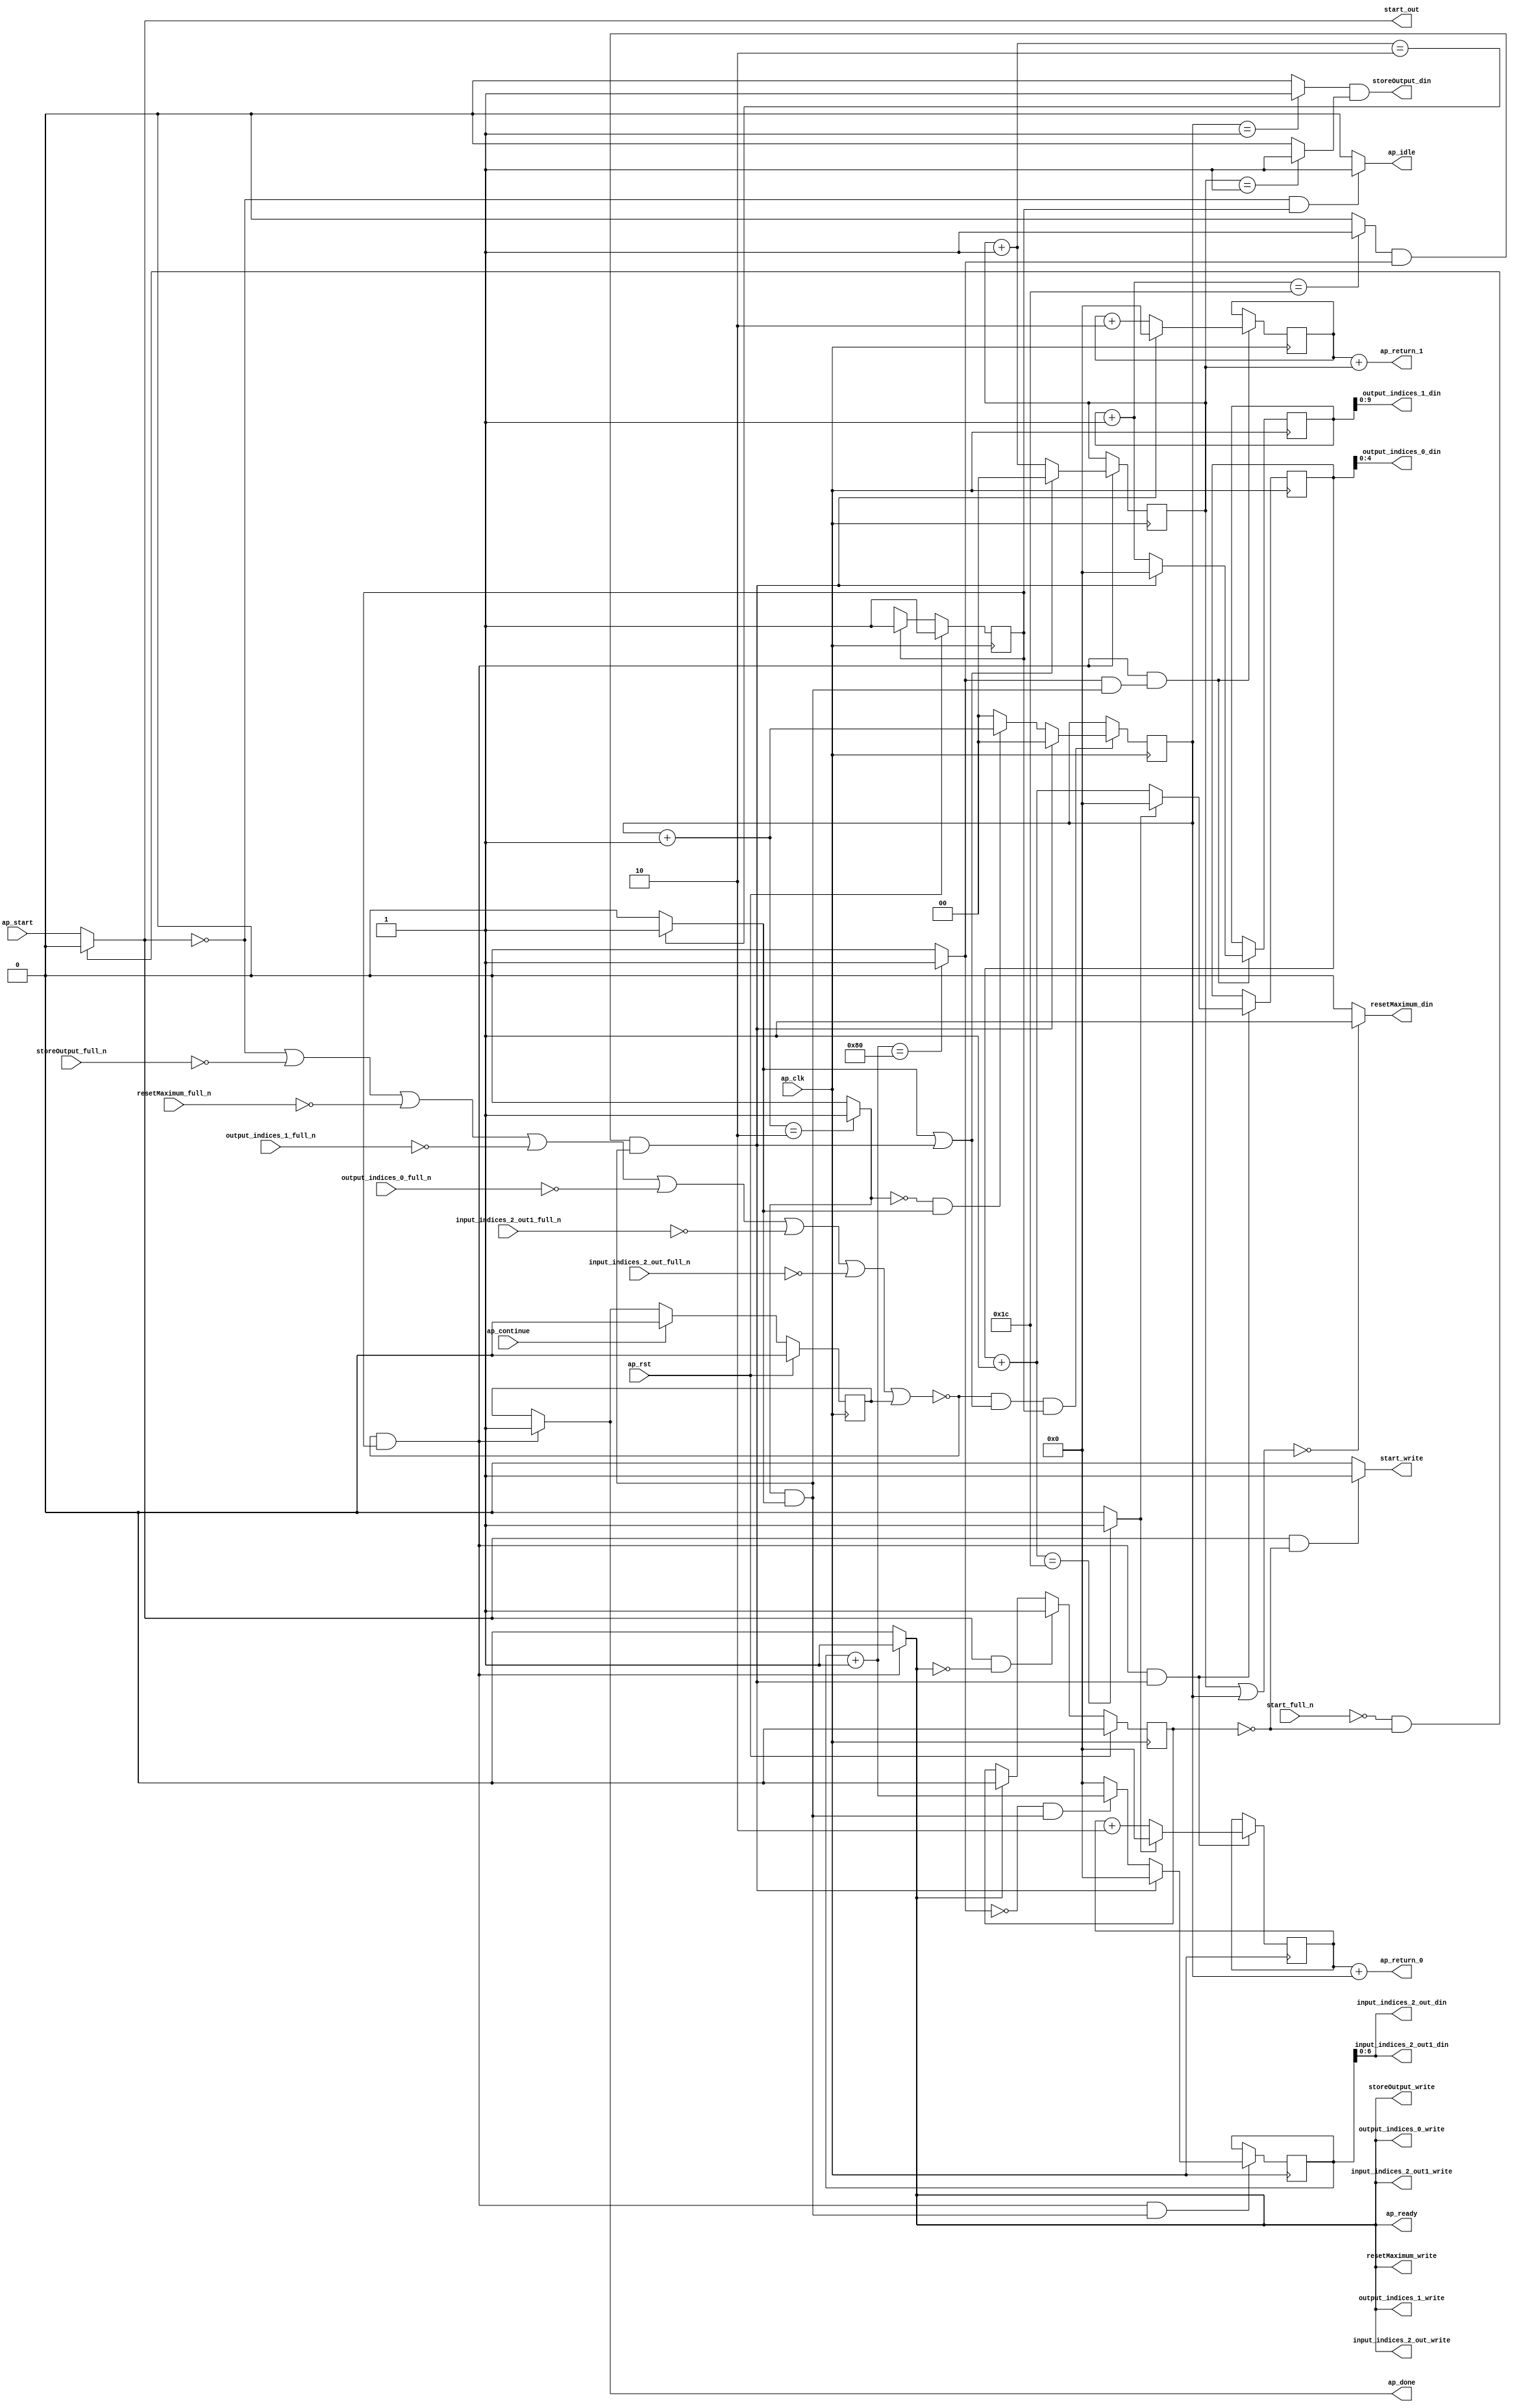
`define EXPONENT 5
`define MANTISSA 10
`define ACTUAL_MANTISSA 11
`define EXPONENT_LSB 10
`define EXPONENT_MSB 14
`define MANTISSA_LSB 0
`define MANTISSA_MSB 9
`define MANTISSA_MUL_SPLIT_LSB 3
`define MANTISSA_MUL_SPLIT_MSB 9
`define SIGN 1
`define SIGN_LOC 15
`define DWIDTH (`SIGN+`EXPONENT+`MANTISSA)
`define IEEE_COMPLIANCE 1

module td_fused_top_tdf5_get_next_ijk (
        ap_clk,
        ap_rst,
        ap_start,
        start_full_n,
        ap_done,
        ap_continue,
        ap_idle,
        ap_ready,
        start_out,
        start_write,
        input_indices_2_out_din,
        input_indices_2_out_full_n,
        input_indices_2_out_write,
        input_indices_2_out1_din,
        input_indices_2_out1_full_n,
        input_indices_2_out1_write,
        output_indices_0_din,
        output_indices_0_full_n,
        output_indices_0_write,
        output_indices_1_din,
        output_indices_1_full_n,
        output_indices_1_write,
        resetMaximum_din,
        resetMaximum_full_n,
        resetMaximum_write,
        storeOutput_din,
        storeOutput_full_n,
        storeOutput_write,
        ap_return_0,
        ap_return_1
);

parameter    ap_ST_fsm_state1 = 1'd1;

input   ap_clk;
input   ap_rst;
input   ap_start;
input   start_full_n;
output   ap_done;
input   ap_continue;
output   ap_idle;
output   ap_ready;
output   start_out;
output   start_write;
output  [6:0] input_indices_2_out_din;
input   input_indices_2_out_full_n;
output   input_indices_2_out_write;
output  [6:0] input_indices_2_out1_din;
input   input_indices_2_out1_full_n;
output   input_indices_2_out1_write;
output  [4:0] output_indices_0_din;
input   output_indices_0_full_n;
output   output_indices_0_write;
output  [9:0] output_indices_1_din;
input   output_indices_1_full_n;
output   output_indices_1_write;
output   resetMaximum_din;
input   resetMaximum_full_n;
output   resetMaximum_write;
output   storeOutput_din;
input   storeOutput_full_n;
output   storeOutput_write;
output  [15:0] ap_return_0;
output  [15:0] ap_return_1;

reg ap_done;
reg ap_idle;
reg start_write;
reg input_indices_2_out_write;
reg input_indices_2_out1_write;
reg output_indices_0_write;
reg output_indices_1_write;
reg resetMaximum_write;
reg storeOutput_write;

reg    real_start;
reg    start_once_reg;
reg    ap_done_reg;
  reg   [0:0] ap_CS_fsm;
wire    ap_CS_fsm_state1;
reg    internal_ap_ready;
reg   [1:0] i_p_1;
reg   [1:0] j_p_1;
reg   [15:0] i_3;
reg   [15:0] j_3;
reg   [15:0] k_3;
reg   [15:0] i_out_1;
reg   [15:0] j_out_1;
reg    input_indices_2_out_blk_n;
reg    input_indices_2_out1_blk_n;
reg    output_indices_0_blk_n;
reg    output_indices_1_blk_n;
reg    resetMaximum_blk_n;
reg    storeOutput_blk_n;
wire   [1:0] select_ln142_fu_338_p3;
reg    ap_block_state1;
wire   [0:0] or_ln142_fu_312_p2;
wire   [1:0] select_ln142_5_fu_346_p3;
wire   [15:0] select_ln147_fu_278_p3;
wire   [0:0] and_ln142_2_fu_306_p2;
wire   [15:0] select_ln142_6_fu_360_p3;
wire   [0:0] and_ln132_fu_354_p2;
wire   [15:0] select_ln142_7_fu_388_p3;
wire   [0:0] and_ln135_fu_294_p2;
wire   [15:0] select_ln147_2_fu_286_p3;
wire   [15:0] select_ln142_8_fu_396_p3;
wire   [6:0] trunc_ln128_fu_182_p1;
wire   [1:0] or_ln124_fu_126_p2;
wire   [0:0] icmp_ln125_fu_139_p2;
wire   [0:0] icmp_ln125_2_fu_145_p2;
wire   [15:0] zext_ln126_fu_114_p1;
wire   [15:0] zext_ln127_fu_122_p1;
wire   [1:0] add_ln131_fu_206_p2;
wire   [1:0] add_ln134_fu_218_p2;
wire   [15:0] add_ln137_fu_230_p2;
wire   [15:0] add_ln141_fu_248_p2;
wire   [15:0] add_ln146_fu_266_p2;
wire   [0:0] icmp_ln147_fu_272_p2;
wire   [15:0] add_ln145_fu_260_p2;
wire   [0:0] icmp_ln132_fu_212_p2;
wire   [0:0] icmp_ln135_fu_224_p2;
wire   [0:0] icmp_ln138_fu_236_p2;
wire   [0:0] icmp_ln142_fu_254_p2;
wire   [0:0] and_ln142_fu_300_p2;
wire   [0:0] xor_ln135_fu_318_p2;
wire   [0:0] and_ln135_2_fu_324_p2;
wire   [1:0] select_ln135_fu_330_p3;
wire   [15:0] add_ln140_fu_242_p2;
wire   [0:0] xor_ln138_fu_368_p2;
wire   [0:0] and_ln138_fu_374_p2;
wire   [15:0] select_ln138_fu_380_p3;
wire   [15:0] add_ln126_fu_162_p2;
wire   [15:0] add_ln127_fu_172_p2;
reg   [0:0] ap_NS_fsm;
wire    ap_ce_reg;

// power-on initialization
initial begin
#0 start_once_reg = 1'b0;
#0 ap_done_reg = 1'b0;
#0 ap_CS_fsm = 1'd1;
#0 i_p_1 = 2'd0;
#0 j_p_1 = 2'd0;
#0 i_3 = 16'd0;
#0 j_3 = 16'd0;
#0 k_3 = 16'd0;
#0 i_out_1 = 16'd0;
#0 j_out_1 = 16'd0;
end

always @ (posedge ap_clk) begin
    if (ap_rst == 1'b1) begin
        ap_CS_fsm <= ap_ST_fsm_state1;
    end else begin
        ap_CS_fsm <= ap_NS_fsm;
    end
end

always @ (posedge ap_clk) begin
    if (ap_rst == 1'b1) begin
        ap_done_reg <= 1'b0;
    end else begin
        if ((ap_continue == 1'b1)) begin
            ap_done_reg <= 1'b0;
        end else if ((~((real_start == 1'b0) | (storeOutput_full_n == 1'b0) | (resetMaximum_full_n == 1'b0) | (output_indices_1_full_n == 1'b0) | (output_indices_0_full_n == 1'b0) | (input_indices_2_out1_full_n == 1'b0) | (input_indices_2_out_full_n == 1'b0) | (ap_done_reg == 1'b1)) & (1'b1 == ap_CS_fsm_state1))) begin
            ap_done_reg <= 1'b1;
        end
    end
end

always @ (posedge ap_clk) begin
    if (ap_rst == 1'b1) begin
        start_once_reg <= 1'b0;
    end else begin
        if (((real_start == 1'b1) & (internal_ap_ready == 1'b0))) begin
            start_once_reg <= 1'b1;
        end else if ((internal_ap_ready == 1'b1)) begin
            start_once_reg <= 1'b0;
        end
    end
end

always @ (posedge ap_clk) begin
    if ((~((real_start == 1'b0) | (storeOutput_full_n == 1'b0) | (resetMaximum_full_n == 1'b0) | (output_indices_1_full_n == 1'b0) | (output_indices_0_full_n == 1'b0) | (input_indices_2_out1_full_n == 1'b0) | (input_indices_2_out_full_n == 1'b0) | (ap_done_reg == 1'b1)) & (1'b1 == ap_CS_fsm_state1) & (1'd1 == and_ln142_2_fu_306_p2))) begin
        i_3 <= select_ln147_fu_278_p3;
        i_out_1 <= select_ln147_2_fu_286_p3;
    end
end

always @ (posedge ap_clk) begin
    if ((~((real_start == 1'b0) | (storeOutput_full_n == 1'b0) | (resetMaximum_full_n == 1'b0) | (output_indices_1_full_n == 1'b0) | (output_indices_0_full_n == 1'b0) | (input_indices_2_out1_full_n == 1'b0) | (input_indices_2_out_full_n == 1'b0) | (ap_done_reg == 1'b1)) & (or_ln142_fu_312_p2 == 1'd1) & (1'b1 == ap_CS_fsm_state1))) begin
        i_p_1 <= select_ln142_fu_338_p3;
    end
end

always @ (posedge ap_clk) begin
    if ((~((real_start == 1'b0) | (storeOutput_full_n == 1'b0) | (resetMaximum_full_n == 1'b0) | (output_indices_1_full_n == 1'b0) | (output_indices_0_full_n == 1'b0) | (input_indices_2_out1_full_n == 1'b0) | (input_indices_2_out_full_n == 1'b0) | (ap_done_reg == 1'b1)) & (1'b1 == ap_CS_fsm_state1) & (1'd1 == and_ln132_fu_354_p2))) begin
        j_3 <= select_ln142_6_fu_360_p3;
        j_out_1 <= select_ln142_8_fu_396_p3;
    end
end

always @ (posedge ap_clk) begin
    if ((~((real_start == 1'b0) | (storeOutput_full_n == 1'b0) | (resetMaximum_full_n == 1'b0) | (output_indices_1_full_n == 1'b0) | (output_indices_0_full_n == 1'b0) | (input_indices_2_out1_full_n == 1'b0) | (input_indices_2_out_full_n == 1'b0) | (ap_done_reg == 1'b1)) & (1'b1 == ap_CS_fsm_state1))) begin
        j_p_1 <= select_ln142_5_fu_346_p3;
    end
end

always @ (posedge ap_clk) begin
    if ((~((real_start == 1'b0) | (storeOutput_full_n == 1'b0) | (resetMaximum_full_n == 1'b0) | (output_indices_1_full_n == 1'b0) | (output_indices_0_full_n == 1'b0) | (input_indices_2_out1_full_n == 1'b0) | (input_indices_2_out_full_n == 1'b0) | (ap_done_reg == 1'b1)) & (1'b1 == ap_CS_fsm_state1) & (1'd1 == and_ln135_fu_294_p2))) begin
        k_3 <= select_ln142_7_fu_388_p3;
    end
end

always @ (*) begin
    if ((~((real_start == 1'b0) | (storeOutput_full_n == 1'b0) | (resetMaximum_full_n == 1'b0) | (output_indices_1_full_n == 1'b0) | (output_indices_0_full_n == 1'b0) | (input_indices_2_out1_full_n == 1'b0) | (input_indices_2_out_full_n == 1'b0) | (ap_done_reg == 1'b1)) & (1'b1 == ap_CS_fsm_state1))) begin
        ap_done = 1'b1;
    end else begin
        ap_done = ap_done_reg;
    end
end

always @ (*) begin
    if (((real_start == 1'b0) & (1'b1 == ap_CS_fsm_state1))) begin
        ap_idle = 1'b1;
    end else begin
        ap_idle = 1'b0;
    end
end

always @ (*) begin
    if ((~((real_start == 1'b0) | (ap_done_reg == 1'b1)) & (1'b1 == ap_CS_fsm_state1))) begin
        input_indices_2_out1_blk_n = input_indices_2_out1_full_n;
    end else begin
        input_indices_2_out1_blk_n = 1'b1;
    end
end

always @ (*) begin
    if ((~((real_start == 1'b0) | (storeOutput_full_n == 1'b0) | (resetMaximum_full_n == 1'b0) | (output_indices_1_full_n == 1'b0) | (output_indices_0_full_n == 1'b0) | (input_indices_2_out1_full_n == 1'b0) | (input_indices_2_out_full_n == 1'b0) | (ap_done_reg == 1'b1)) & (1'b1 == ap_CS_fsm_state1))) begin
        input_indices_2_out1_write = 1'b1;
    end else begin
        input_indices_2_out1_write = 1'b0;
    end
end

always @ (*) begin
    if ((~((real_start == 1'b0) | (ap_done_reg == 1'b1)) & (1'b1 == ap_CS_fsm_state1))) begin
        input_indices_2_out_blk_n = input_indices_2_out_full_n;
    end else begin
        input_indices_2_out_blk_n = 1'b1;
    end
end

always @ (*) begin
    if ((~((real_start == 1'b0) | (storeOutput_full_n == 1'b0) | (resetMaximum_full_n == 1'b0) | (output_indices_1_full_n == 1'b0) | (output_indices_0_full_n == 1'b0) | (input_indices_2_out1_full_n == 1'b0) | (input_indices_2_out_full_n == 1'b0) | (ap_done_reg == 1'b1)) & (1'b1 == ap_CS_fsm_state1))) begin
        input_indices_2_out_write = 1'b1;
    end else begin
        input_indices_2_out_write = 1'b0;
    end
end

always @ (*) begin
    if ((~((real_start == 1'b0) | (storeOutput_full_n == 1'b0) | (resetMaximum_full_n == 1'b0) | (output_indices_1_full_n == 1'b0) | (output_indices_0_full_n == 1'b0) | (input_indices_2_out1_full_n == 1'b0) | (input_indices_2_out_full_n == 1'b0) | (ap_done_reg == 1'b1)) & (1'b1 == ap_CS_fsm_state1))) begin
        internal_ap_ready = 1'b1;
    end else begin
        internal_ap_ready = 1'b0;
    end
end

always @ (*) begin
    if ((~((real_start == 1'b0) | (ap_done_reg == 1'b1)) & (1'b1 == ap_CS_fsm_state1))) begin
        output_indices_0_blk_n = output_indices_0_full_n;
    end else begin
        output_indices_0_blk_n = 1'b1;
    end
end

always @ (*) begin
    if ((~((real_start == 1'b0) | (storeOutput_full_n == 1'b0) | (resetMaximum_full_n == 1'b0) | (output_indices_1_full_n == 1'b0) | (output_indices_0_full_n == 1'b0) | (input_indices_2_out1_full_n == 1'b0) | (input_indices_2_out_full_n == 1'b0) | (ap_done_reg == 1'b1)) & (1'b1 == ap_CS_fsm_state1))) begin
        output_indices_0_write = 1'b1;
    end else begin
        output_indices_0_write = 1'b0;
    end
end

always @ (*) begin
    if ((~((real_start == 1'b0) | (ap_done_reg == 1'b1)) & (1'b1 == ap_CS_fsm_state1))) begin
        output_indices_1_blk_n = output_indices_1_full_n;
    end else begin
        output_indices_1_blk_n = 1'b1;
    end
end

always @ (*) begin
    if ((~((real_start == 1'b0) | (storeOutput_full_n == 1'b0) | (resetMaximum_full_n == 1'b0) | (output_indices_1_full_n == 1'b0) | (output_indices_0_full_n == 1'b0) | (input_indices_2_out1_full_n == 1'b0) | (input_indices_2_out_full_n == 1'b0) | (ap_done_reg == 1'b1)) & (1'b1 == ap_CS_fsm_state1))) begin
        output_indices_1_write = 1'b1;
    end else begin
        output_indices_1_write = 1'b0;
    end
end

always @ (*) begin
    if (((start_full_n == 1'b0) & (start_once_reg == 1'b0))) begin
        real_start = 1'b0;
    end else begin
        real_start = ap_start;
    end
end

always @ (*) begin
    if ((~((real_start == 1'b0) | (ap_done_reg == 1'b1)) & (1'b1 == ap_CS_fsm_state1))) begin
        resetMaximum_blk_n = resetMaximum_full_n;
    end else begin
        resetMaximum_blk_n = 1'b1;
    end
end

always @ (*) begin
    if ((~((real_start == 1'b0) | (storeOutput_full_n == 1'b0) | (resetMaximum_full_n == 1'b0) | (output_indices_1_full_n == 1'b0) | (output_indices_0_full_n == 1'b0) | (input_indices_2_out1_full_n == 1'b0) | (input_indices_2_out_full_n == 1'b0) | (ap_done_reg == 1'b1)) & (1'b1 == ap_CS_fsm_state1))) begin
        resetMaximum_write = 1'b1;
    end else begin
        resetMaximum_write = 1'b0;
    end
end

always @ (*) begin
    if (((real_start == 1'b1) & (start_once_reg == 1'b0))) begin
        start_write = 1'b1;
    end else begin
        start_write = 1'b0;
    end
end

always @ (*) begin
    if ((~((real_start == 1'b0) | (ap_done_reg == 1'b1)) & (1'b1 == ap_CS_fsm_state1))) begin
        storeOutput_blk_n = storeOutput_full_n;
    end else begin
        storeOutput_blk_n = 1'b1;
    end
end

always @ (*) begin
    if ((~((real_start == 1'b0) | (storeOutput_full_n == 1'b0) | (resetMaximum_full_n == 1'b0) | (output_indices_1_full_n == 1'b0) | (output_indices_0_full_n == 1'b0) | (input_indices_2_out1_full_n == 1'b0) | (input_indices_2_out_full_n == 1'b0) | (ap_done_reg == 1'b1)) & (1'b1 == ap_CS_fsm_state1))) begin
        storeOutput_write = 1'b1;
    end else begin
        storeOutput_write = 1'b0;
    end
end

always @ (*) begin
    case (ap_CS_fsm)
        ap_ST_fsm_state1 : begin
            ap_NS_fsm = ap_ST_fsm_state1;
        end
        default : begin
            ap_NS_fsm = 'bx;
        end
    endcase
end

assign add_ln126_fu_162_p2 = (i_3 + zext_ln126_fu_114_p1);

assign add_ln127_fu_172_p2 = (j_3 + zext_ln127_fu_122_p1);

assign add_ln131_fu_206_p2 = (j_p_1 + 2'd1);

assign add_ln134_fu_218_p2 = (i_p_1 + 2'd1);

assign add_ln137_fu_230_p2 = (k_3 + 16'd1);

assign add_ln140_fu_242_p2 = (j_3 + 16'd2);

assign add_ln141_fu_248_p2 = (j_out_1 + 16'd1);

assign add_ln145_fu_260_p2 = (i_3 + 16'd2);

assign add_ln146_fu_266_p2 = (i_out_1 + 16'd1);

assign and_ln132_fu_354_p2 = (icmp_ln138_fu_236_p2 & and_ln135_fu_294_p2);

assign and_ln135_2_fu_324_p2 = (xor_ln135_fu_318_p2 & icmp_ln132_fu_212_p2);

assign and_ln135_fu_294_p2 = (icmp_ln135_fu_224_p2 & icmp_ln132_fu_212_p2);

assign and_ln138_fu_374_p2 = (xor_ln138_fu_368_p2 & and_ln135_fu_294_p2);

assign and_ln142_2_fu_306_p2 = (and_ln142_fu_300_p2 & and_ln135_fu_294_p2);

assign and_ln142_fu_300_p2 = (icmp_ln142_fu_254_p2 & icmp_ln138_fu_236_p2);

assign ap_CS_fsm_state1 = ap_CS_fsm[32'd0];

always @ (*) begin
    ap_block_state1 = ((real_start == 1'b0) | (storeOutput_full_n == 1'b0) | (resetMaximum_full_n == 1'b0) | (output_indices_1_full_n == 1'b0) | (output_indices_0_full_n == 1'b0) | (input_indices_2_out1_full_n == 1'b0) | (input_indices_2_out_full_n == 1'b0) | (ap_done_reg == 1'b1));
end

assign ap_ready = internal_ap_ready;

assign ap_return_0 = add_ln126_fu_162_p2;

assign ap_return_1 = add_ln127_fu_172_p2;

assign icmp_ln125_2_fu_145_p2 = ((j_p_1 == 2'd1) ? 1'b1 : 1'b0);

assign icmp_ln125_fu_139_p2 = ((i_p_1 == 2'd1) ? 1'b1 : 1'b0);

assign icmp_ln132_fu_212_p2 = ((add_ln131_fu_206_p2 == 2'd2) ? 1'b1 : 1'b0);

assign icmp_ln135_fu_224_p2 = ((add_ln134_fu_218_p2 == 2'd2) ? 1'b1 : 1'b0);

assign icmp_ln138_fu_236_p2 = ((add_ln137_fu_230_p2 == 16'd128) ? 1'b1 : 1'b0);

assign icmp_ln142_fu_254_p2 = ((add_ln141_fu_248_p2 == 16'd28) ? 1'b1 : 1'b0);

assign icmp_ln147_fu_272_p2 = ((add_ln146_fu_266_p2 == 16'd28) ? 1'b1 : 1'b0);

assign input_indices_2_out1_din = trunc_ln128_fu_182_p1;

assign input_indices_2_out_din = trunc_ln128_fu_182_p1;

assign or_ln124_fu_126_p2 = (j_p_1 | i_p_1);

assign or_ln142_fu_312_p2 = (icmp_ln132_fu_212_p2 | and_ln142_2_fu_306_p2);

assign output_indices_0_din = i_out_1[4:0];

assign output_indices_1_din = j_out_1[9:0];

assign resetMaximum_din = ((or_ln124_fu_126_p2 == 2'd0) ? 1'b1 : 1'b0);

assign select_ln135_fu_330_p3 = ((and_ln135_2_fu_324_p2[0:0] == 1'b1) ? add_ln134_fu_218_p2 : 2'd0);

assign select_ln138_fu_380_p3 = ((and_ln138_fu_374_p2[0:0] == 1'b1) ? add_ln137_fu_230_p2 : 16'd0);

assign select_ln142_5_fu_346_p3 = ((or_ln142_fu_312_p2[0:0] == 1'b1) ? 2'd0 : add_ln131_fu_206_p2);

assign select_ln142_6_fu_360_p3 = ((and_ln142_2_fu_306_p2[0:0] == 1'b1) ? 16'd0 : add_ln140_fu_242_p2);

assign select_ln142_7_fu_388_p3 = ((and_ln142_2_fu_306_p2[0:0] == 1'b1) ? 16'd0 : select_ln138_fu_380_p3);

assign select_ln142_8_fu_396_p3 = ((and_ln142_2_fu_306_p2[0:0] == 1'b1) ? 16'd0 : add_ln141_fu_248_p2);

assign select_ln142_fu_338_p3 = ((and_ln142_2_fu_306_p2[0:0] == 1'b1) ? 2'd0 : select_ln135_fu_330_p3);

assign select_ln147_2_fu_286_p3 = ((icmp_ln147_fu_272_p2[0:0] == 1'b1) ? 16'd0 : add_ln146_fu_266_p2);

assign select_ln147_fu_278_p3 = ((icmp_ln147_fu_272_p2[0:0] == 1'b1) ? 16'd0 : add_ln145_fu_260_p2);

assign start_out = real_start;

assign storeOutput_din = (icmp_ln125_fu_139_p2 & icmp_ln125_2_fu_145_p2);

assign trunc_ln128_fu_182_p1 = k_3[6:0];

assign xor_ln135_fu_318_p2 = (icmp_ln135_fu_224_p2 ^ 1'd1);

assign xor_ln138_fu_368_p2 = (icmp_ln138_fu_236_p2 ^ 1'd1);

assign zext_ln126_fu_114_p1 = i_p_1;

assign zext_ln127_fu_122_p1 = j_p_1;

endmodule //td_fused_top_tdf5_get_next_ijk